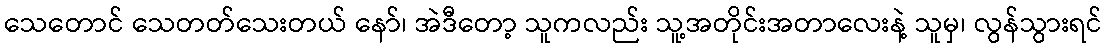
သေတောင် သေတတ်သေးတယ် နော်၊ အဲဒီတော့ သူကလည်း သူ့အတိုင်းအတာလေးနဲ့ သူမှ၊ လွန်သွားရင်